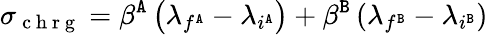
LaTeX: \sigma_{\mathrm{~c~h~r~g~}}=\beta^{\tt A}\left(\lambda_{f^{\tt A}}-\lambda_{i^{\tt A}}\right)+\beta^{\tt B}\left(\lambda_{f^{\tt B}}-\lambda_{i^{\tt B}}\right)